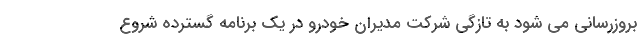
بروزرسانی می شود به تازگی شرکت مدیران خودرو در یک برنامه گسترده شروع